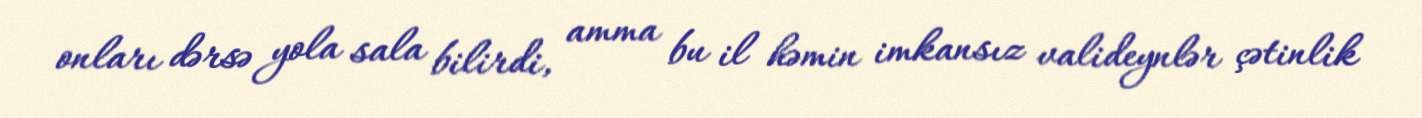
onları dərsə yola sala bilirdi, amma bu il həmin imkansız valideynlər çətinlik